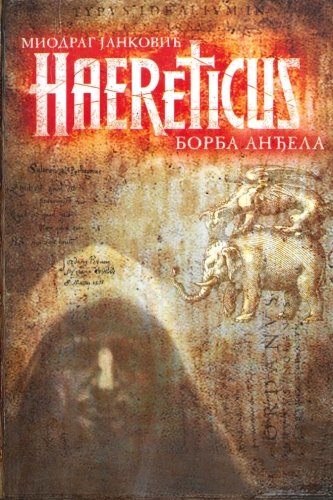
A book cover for Haereticus: Borba andjela (Serbian Edition); Miodrag Jankovic; Teen & Young Adult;